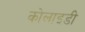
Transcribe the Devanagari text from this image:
कोलाइडी